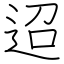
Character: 迢